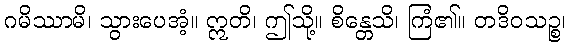
ဂမိဿာမိ၊ သွားပေအံ့။ ဣတိ၊ ဤသို့။ စိန္တေသိ၊ ကြံ၏။ တဒိဝသဉ္စ၊